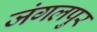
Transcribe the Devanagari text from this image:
जंगलपुर